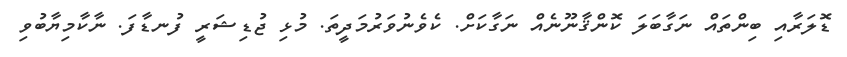
ޑޮލަރާއި ބިންތައް ނަގާބަލަ ކޮންޤާނޫނެއް ނަގާކަށް. ކެވެނުވަރުމަދީތަ. މުޅި ޖުޑިޝަރީ ފުނޑާފަ. ނާކާމިޔާބުވި